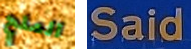
الملح Said